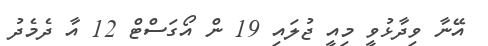
އޭނާ ވިދާޅުވީ މިއީ ޖުލައި 19 ން އޯގަސްޓް 12 އާ ދެމެދު